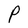
Character: P